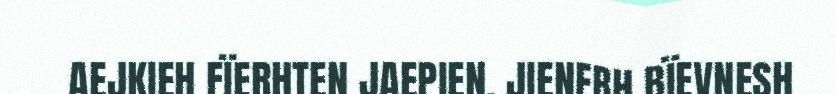
AEJKIEH FÏERHTEN JAEPIEN. JIENEBH BÏEVNESH